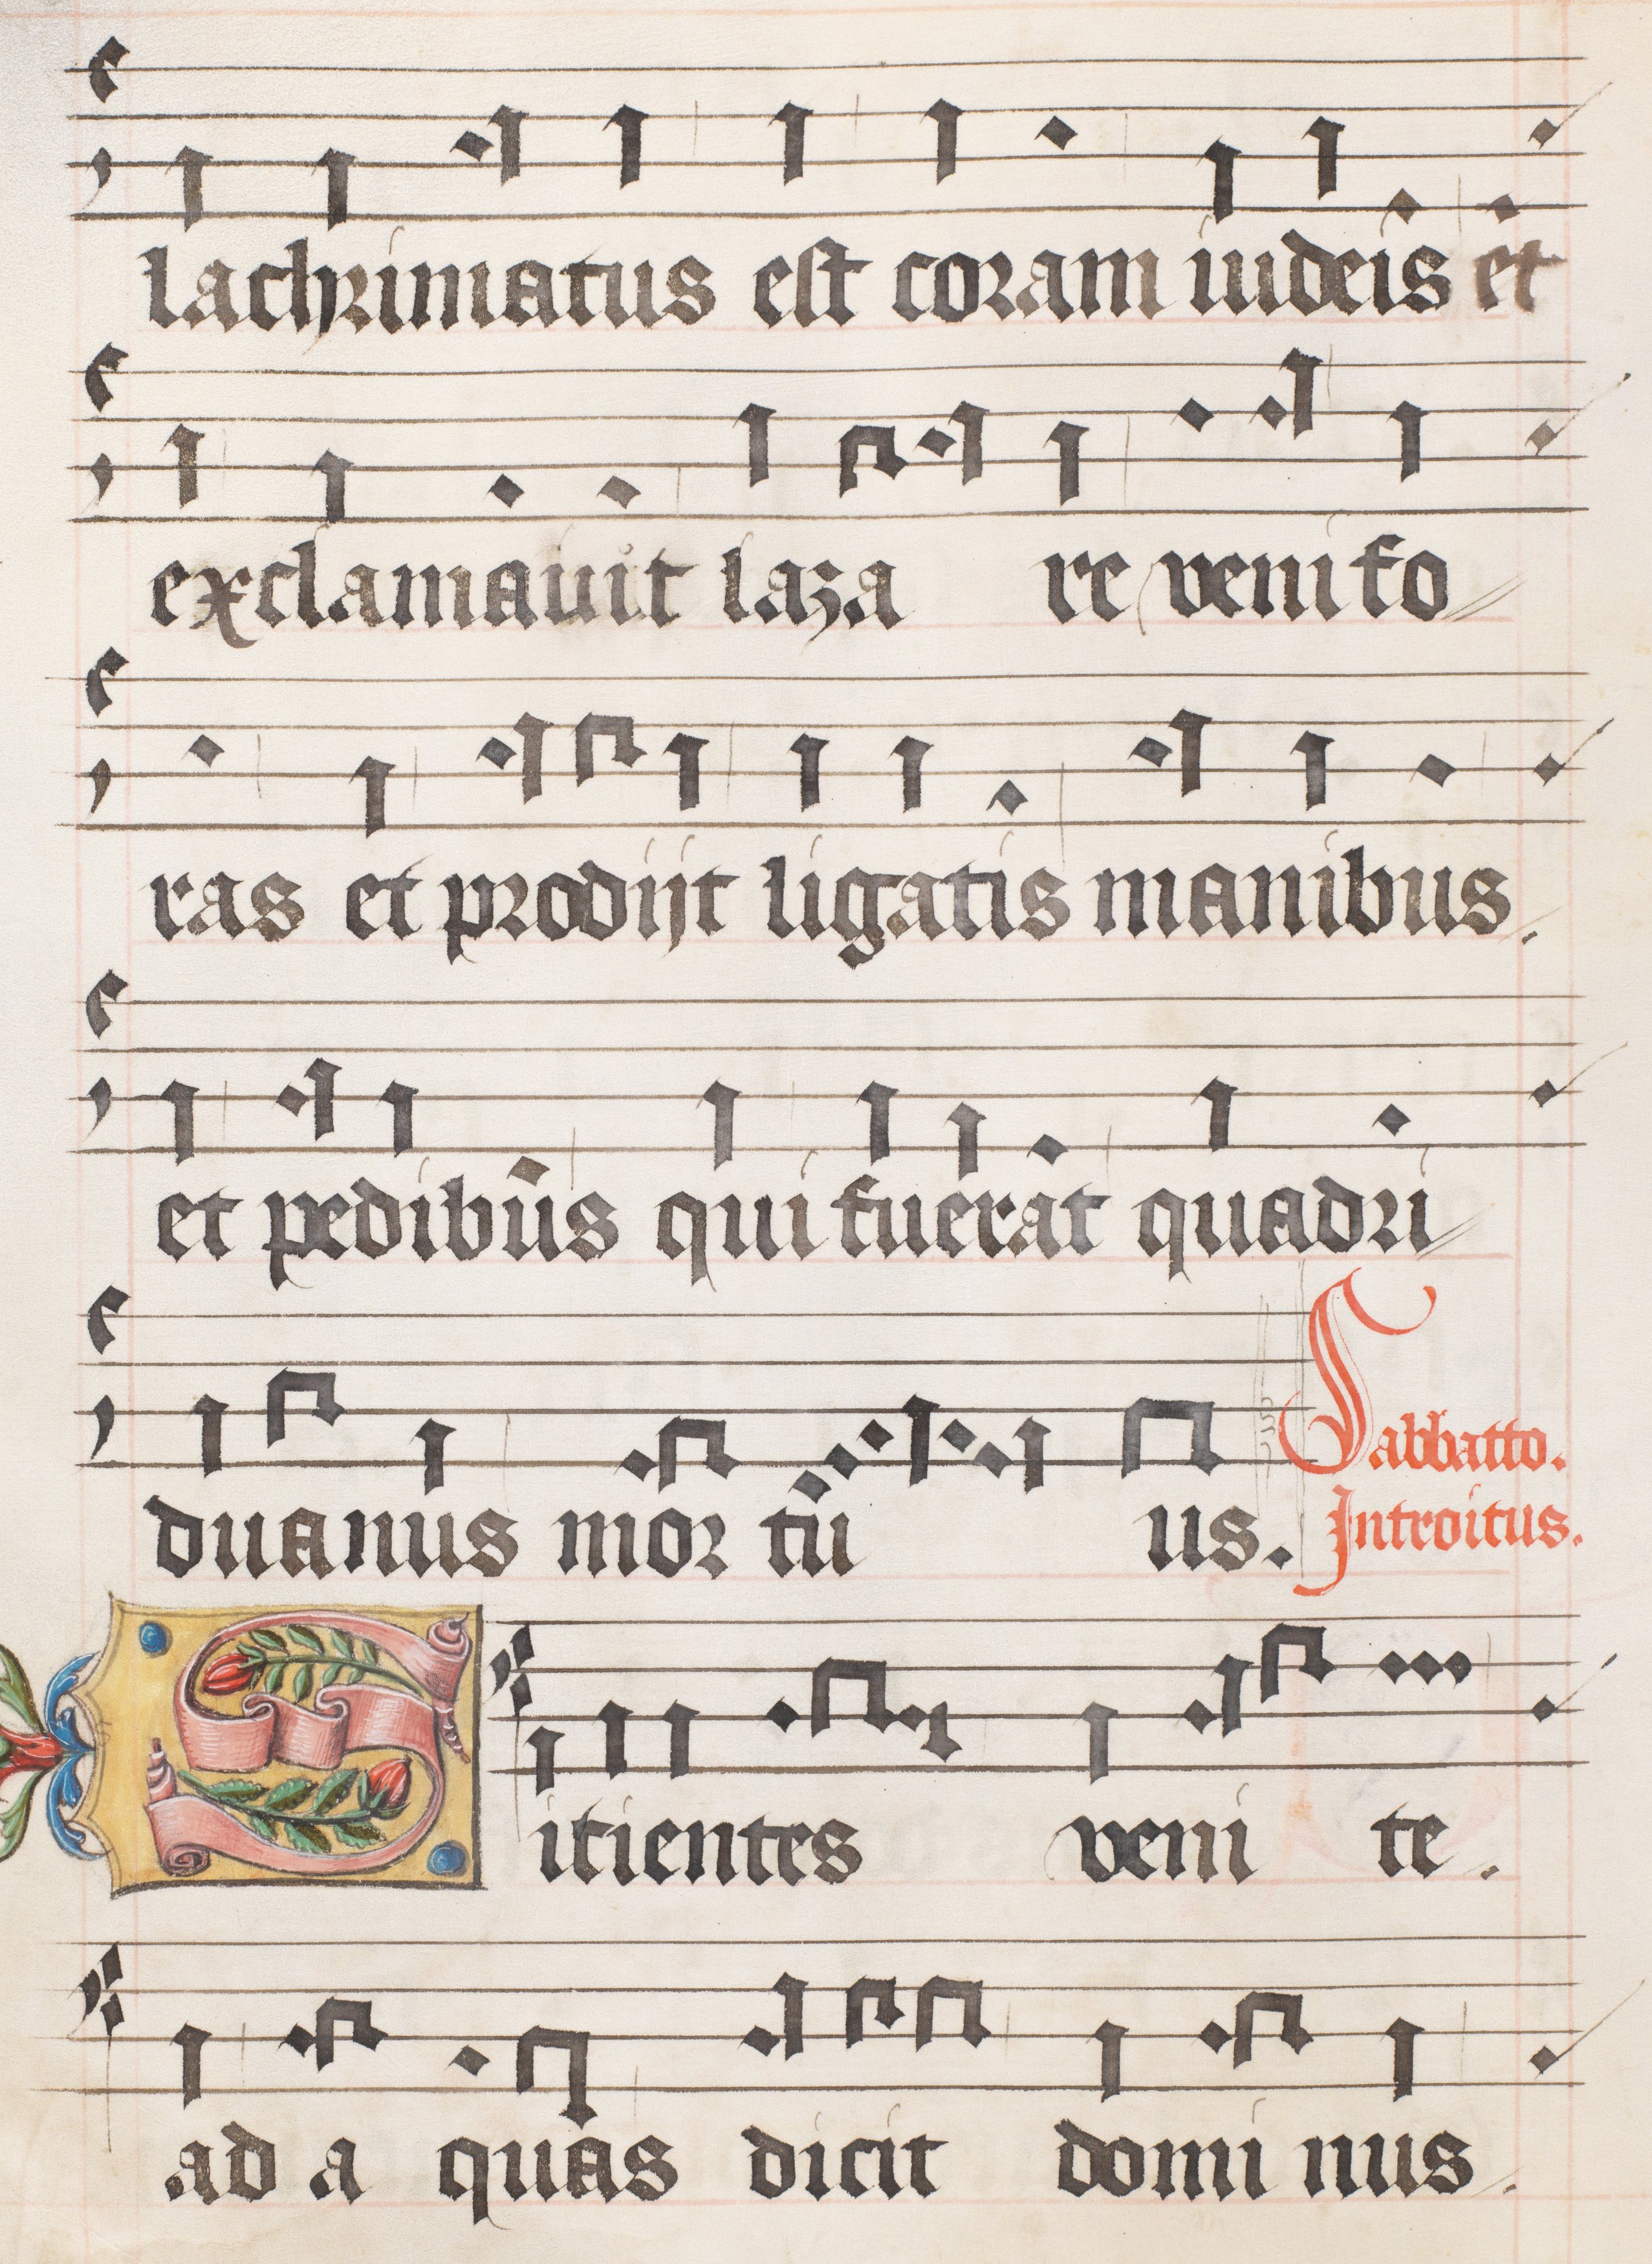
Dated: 1556–1559